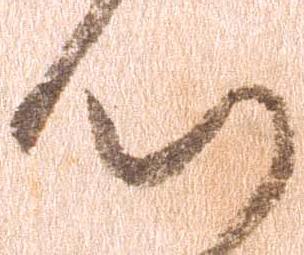
心